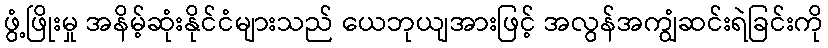
ဖွံ့ဖြိုးမှု အနိမ့်ဆုံးနိုင်ငံများသည် ယေဘုယျအားဖြင့် အလွန်အကျွံဆင်းရဲခြင်းကို